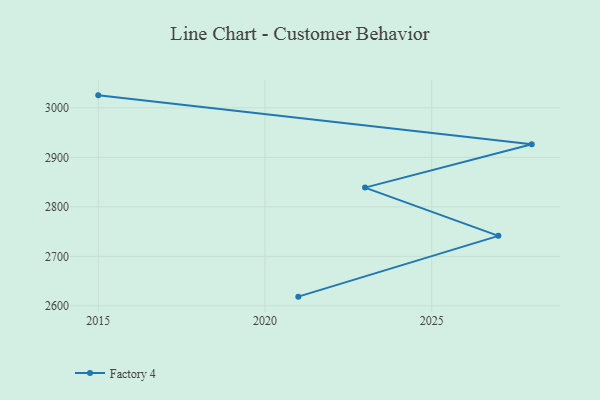
{"axis": {"x": "Year", "y": "Operating Costs (USD K)"}, "legend": ["Factory 4"], "data": [{"x": "2015", "y": 3025.3, "type": "Factory 4"}, {"x": "2028", "y": 2926.4, "type": "Factory 4"}, {"x": "2023", "y": 2838.9, "type": "Factory 4"}, {"x": "2027", "y": 2741.4, "type": "Factory 4"}, {"x": "2021", "y": 2618.6, "type": "Factory 4"}]}